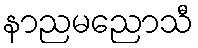
နာညမညောသီ